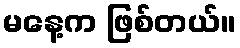
မနေ့က ဖြစ်တယ်။